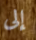
إلى